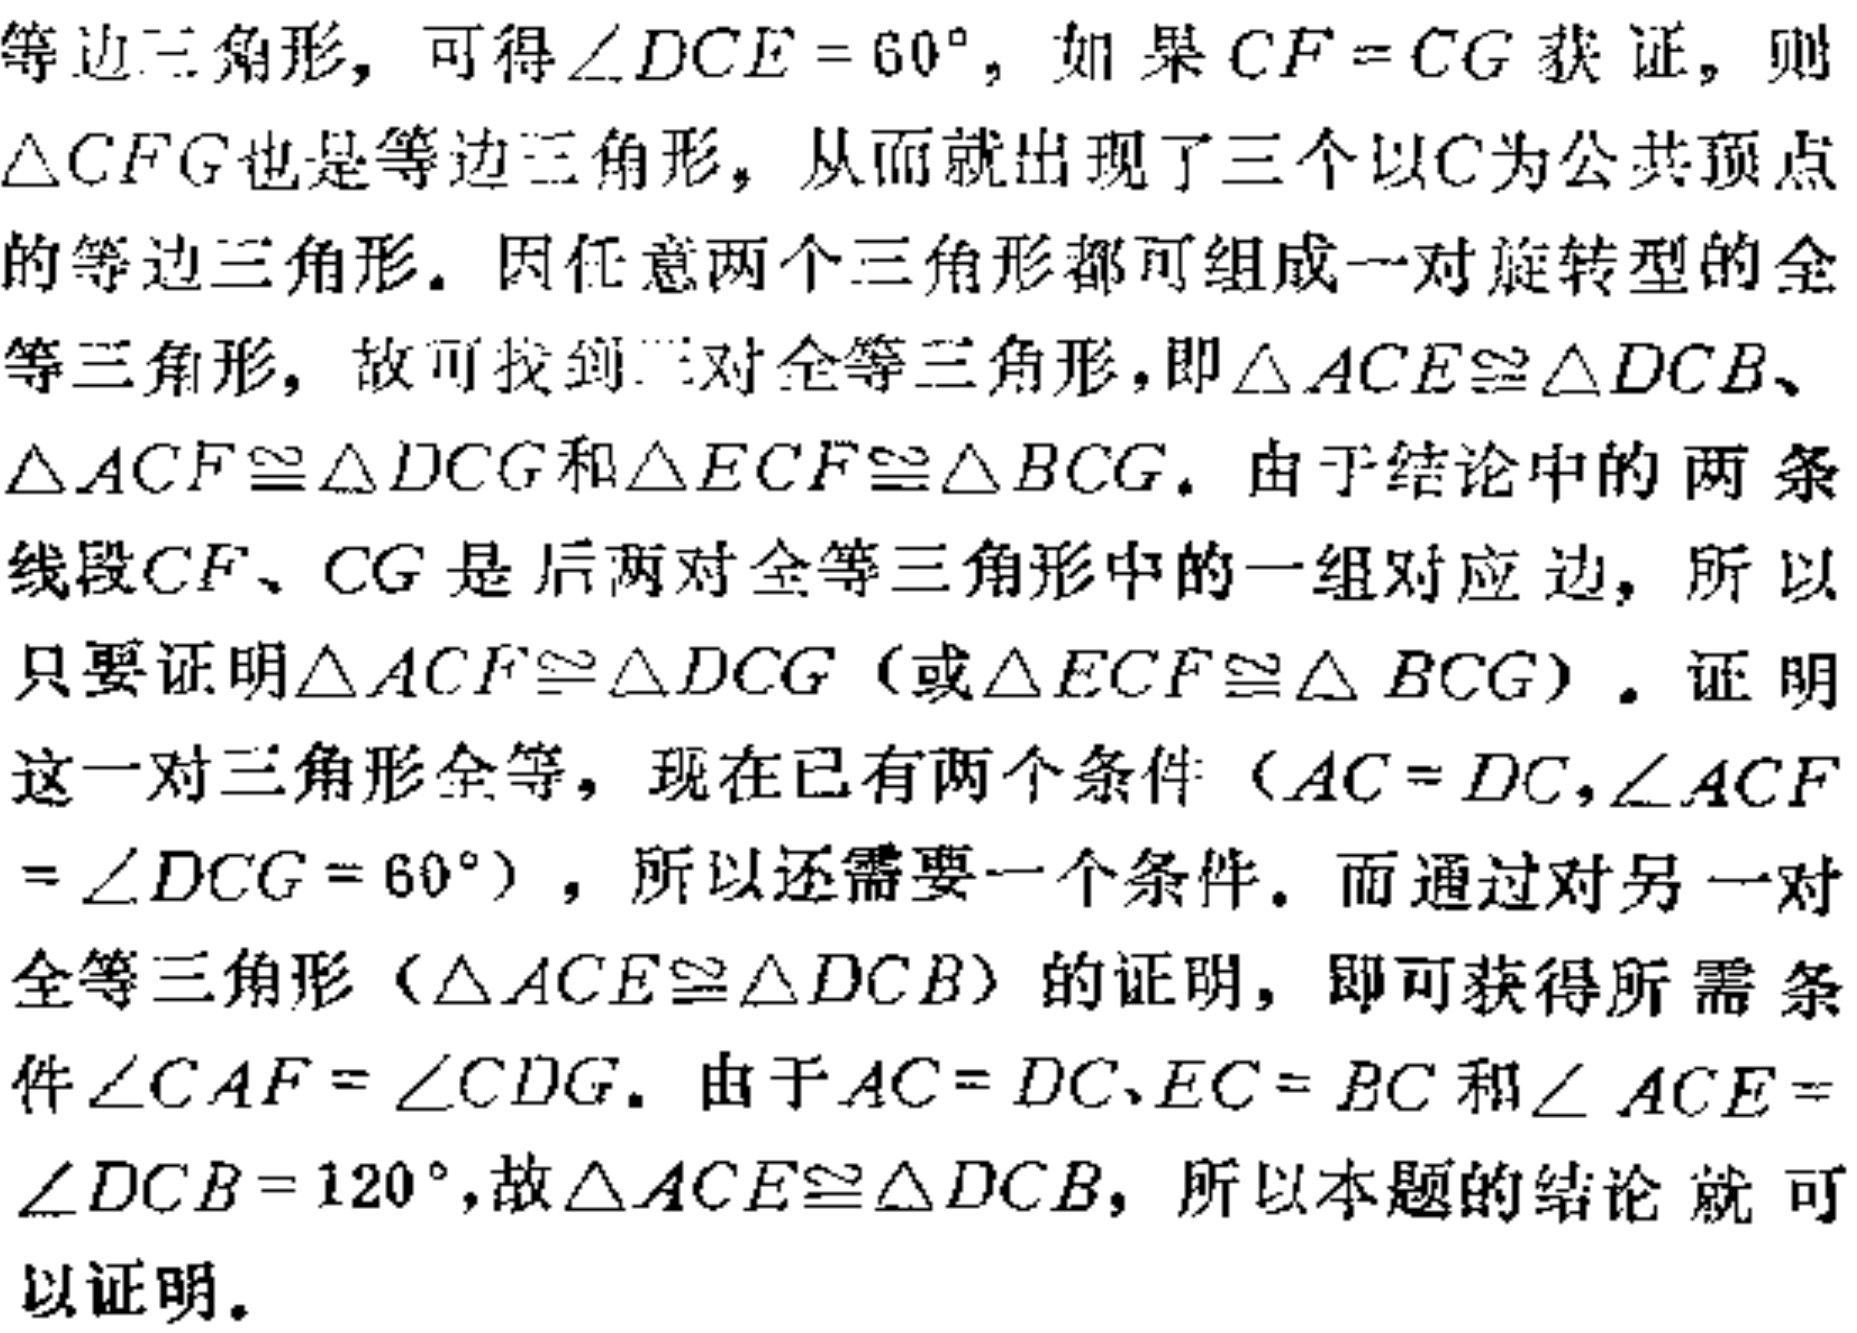
等边三角形，可得\(\angle DCE = 60^{\circ}\)，如果\(CF = CG\)获证，则\(\triangle CFG\)也是等边三角形，从而就出现了三个以\(C\)为公共顶点的等边三角形。因任意两个三角形都可组成一对旋转型的全等三角形，故可找到三对全等三角形，即\(\triangle ACE\cong\triangle DCB\)、\(\triangle ACF\cong\triangle DCG\)和\(\triangle ECF\cong\triangle BCG\)。由于结论中的两条线段\(CF\)、\(CG\)是后两对全等三角形中的一组对应边，所以只要证明\(\triangle ACF\cong\triangle DCG\)（或\(\triangle ECF\cong\triangle BCG\)）。证明这一对三角形全等，现在已有两个条件（\(AC = DC,\angle ACF=\angle DCG = 60^{\circ}\)），所以还需要一个条件。而通过对另一对全等三角形（\(\triangle ACE\cong\triangle DCB\)）的证明，即可获得所需条件\(\angle CAF = \angle CDG\)。由于\(AC = DC、EC = BC\)和\(\angle ACE=\angle DCB = 120^{\circ}\)，故\(\triangle ACE\cong\triangle DCB\)，所以本题的结论就可以证明。